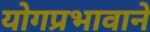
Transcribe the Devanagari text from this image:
योगप्रभावाने